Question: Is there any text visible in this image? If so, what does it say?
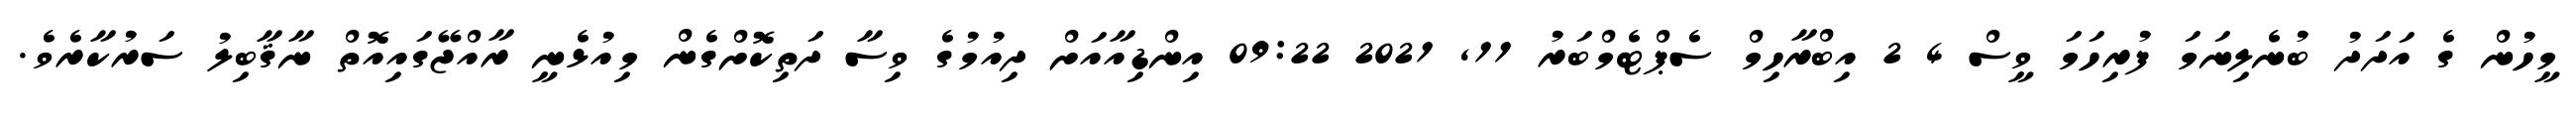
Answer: މީހުން ގެ އަދަދު ބުނެލިނަމަ ފުރިހަމަ ވީސް 4 2 އިބްރާހިމް ސެޕްޓެމްބަރު 11, 2021 09:22 އިންޑިއާއަށް ދިއުމުގެ ވިސާ ދަތިކޮށްގެން މިއުޅެނީ ރާއްޖޭގައިއޮތް ނާޤާބިލު ސަރުކާރެވެ.